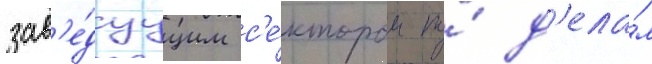
зав'е́дуущим с'е́ктором по́ д'ела́м